Report on sanitation, dispensaries, and jails in Rajputana for 1914, and on vaccination for the year 1914-1915 - 1914-1915
Year: 1914
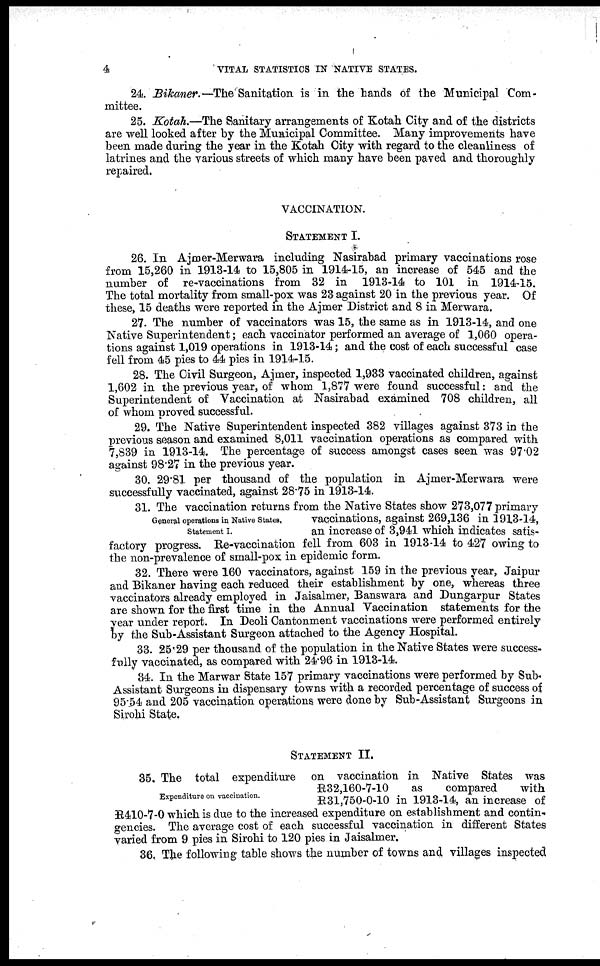
4
VITAL STATISTICS IN NATIVE STATES.
24. Bikaner.—The Sanitation is in the hands of the Municipal Com-
mittee.
25. Kotah.—The Sanitary arrangements of Kotah City and of the districts
are well looked after by the Municipal Committee. Many improvements have
been made during the year in the Kotah City with regard to the cleanliness of
latrines and the various streets of which many have been paved and thoroughly
repaired.
VACCINATION.
STATEMENT I.
26. In Ajmer-Merwara including Nasirabad primary vaccinations rose
from 15,260 in 1913-14 to 15,805 in 1914-15, an increase of 545 and the
number of re-vaccinations from 32 in 1913-14 to 101 in 1914-15.
The total mortality from small-pox was 23 against 20 in the previous year. Of
these, 15 deaths were reported in the Ajmer District and 8 in Merwara.
27. The number of vaccinators was 15, the same as in 1913-14, and one
Native Superintendent; each vaccinator performed an average of 1,060 opera-
tions against 1,019 operations in 1913-14; and the cost of each successful case
fell from 45 pies to 44 pies in 1914-15.
28. The Civil Surgeon, Ajmer, inspected 1,933 vaccinated children, against
1,602 in the previous year, of whom 1,877 were found successful: and the
Superintendent of Vaccination at Nasirabad examined 708 children, all
of whom proved successful.
29. The Native Superintendent inspected 382 villages against 373 in the
previous season and examined 8,011 vaccination operations as compared with
7,839 in 1913-14. The percentage of success amongst cases seen was 97.02
against 98.27 in the previous year.
30. 29.81 per thousand of the population in Ajmer-Merwara were
successfully vaccinated, against 28.75 in 1913-14.
General operations in Native States,
Statement I.
31. The vaccination returns from the Native States show 273,077 primary
vaccinations, against 269,136 in 1913-14,
an increase of 3,941 which indicates satis-
factory progress. Re-vaccination fell from 603 in 1913-14 to 427 owing to
the non-prevalence of small-pox in epidemic form.
32. There were 160 vaccinators, against 159 in the previous year, Jaipur
and Bikaner having each reduced their establishment by one, whereas three
vaccinators already employed in Jaisalmer, Banswara and Dungarpur States
are shown for the first time in the Annual Vaccination statements for the
year under report. In Deoli Cantonment vaccinations were performed entirely
by the Sub-Assistant Surgeon attached to the Agency Hospital.
33. 25.29 per thousand of the population in the Native States were success-
fully vaccinated, as compared with 24.96 in 1913-14.
34. In the Marwar State 157 primary vaccinations were performed by Sub-
Assistant Surgeons in dispensary towns with a recorded percentage of success of
95.54 and 205 vaccination operations were done by Sub-Assistant Surgeons in
Sirohi State.
STATEMENT II.
Expenditure on vaccination.
35. The total expenditure on vaccination in Native States was
R32,160-7-10
as
compared
with
R31,750-0-10 in 1913-14, an increase of
R410-7-0 which is due to the increased expenditure on establishment and contin-
gencies. The average cost of each successful vaccination in different States
varied from 9 pies in Sirohi to 120 pies in Jaisalmer.
36. The following table shows the number of towns and villages inspected